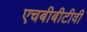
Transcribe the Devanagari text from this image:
एचबीबीटीवी